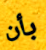
بأن